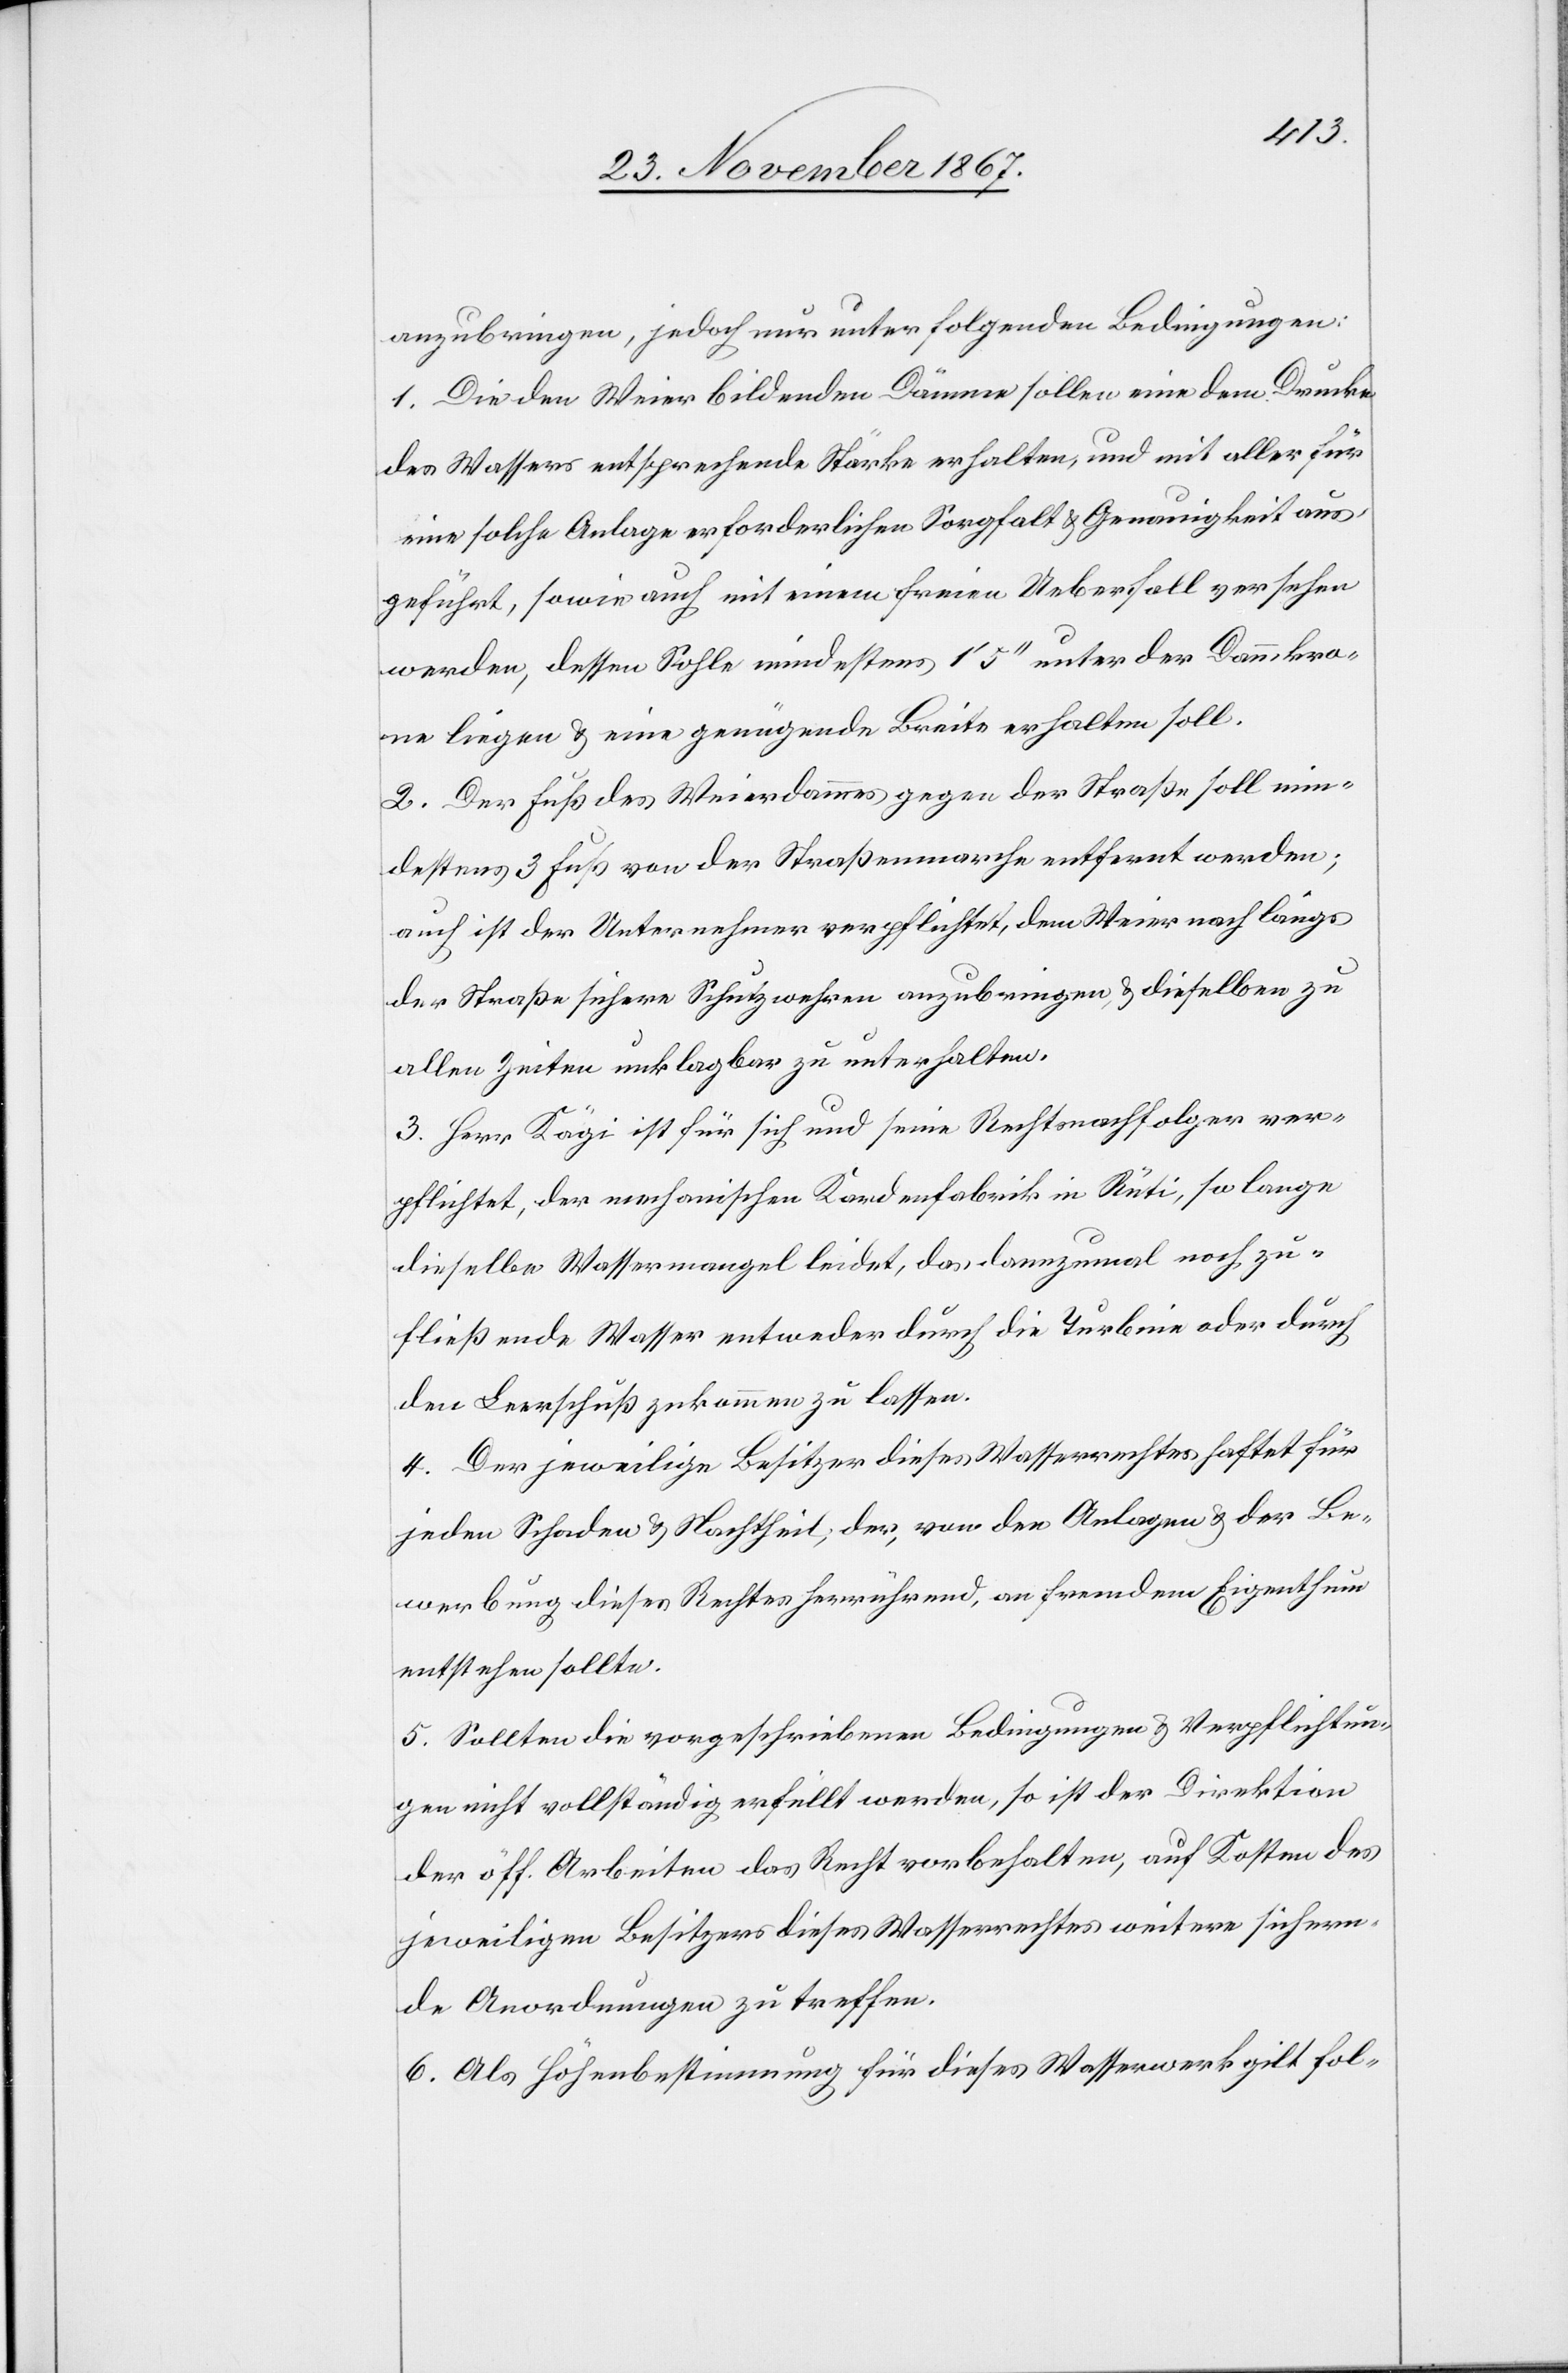
anzubringen, jedoch nur unter folgenden Bedingungen:
1. Die den Weier bildenden Dämme sollen eine dem Drucke
des Wassers entsprechende Stärke erhalten, und mit aller für
eine solche Anlage erforderlichen Sorgfalt u. Genauigkeit aus¬
geführt, sowie auch mit einem freien Ueberfall versehen
werden, dessen Sohle mindestens 1‘ 5‘‘ unter der Dammkro¬
ne liegen u. eine genügende Breite erhalten soll.
2. Der Fuß des Weierdammes gegen der Straße soll min¬
destens 3 Fuß von der Straßenmarche entfernt werden;
auch ist der Unternehmer verpflichtet, dem Weier nach längs
der Straße sichere Schutzwehren anzubringen, u. dieselben zu
allen Zeiten unklagbar zu unterhalten.
3. Herr Kägi ist für sich und seine Rechtsnachfolger ver¬
pflichtet, der mechanischen Kardenfabrik in Rüti, solange
dieselbe Wassermangel leidet, das dannzumal noch zu¬
fließende Wasser entweder durch die Turbine oder durch
den Leerschuß zukommen zu lassen.
4. Der jeweilige Besitzer dieses Wasserrechtes haftet für
jeden Schaden u. Nachtheil, der, von den Anlagen u. der Be¬
werbung dieses Rechtes herrührend, an fremdem Eigenthum
entstehen sollte.
5. Sollten die vorgeschriebenen Bedingungen u. Verpflichtun¬
gen nicht vollständig erfüllt werden, so ist der Direktion
der öff. Arbeiten das Recht vorbehalten, auf Kosten des
jeweiligen Besitzers dieses Wasserrechtes weitere sichern¬
de Anordnungen zu treffen.
6. Als Höhenbestimmung für dieses Wasserwerk gilt fol-